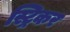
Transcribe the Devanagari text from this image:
स्ट्रिकर